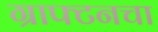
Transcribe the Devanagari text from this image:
ग्राफ्टनचा